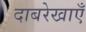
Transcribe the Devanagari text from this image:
दाबरेखाएँ